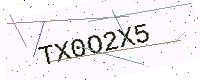
Text: TX0O2X5